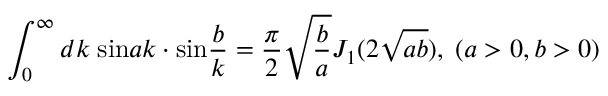
\int _ { 0 } ^ { \infty } d k \; \mathrm { s i n } a k \cdot \mathrm { s i n } \frac { b } { k } = \frac { \pi } { 2 } \sqrt { \frac { b } { a } } J _ { 1 } ( 2 \sqrt { a b } ) , \; ( a > 0 , b > 0 )